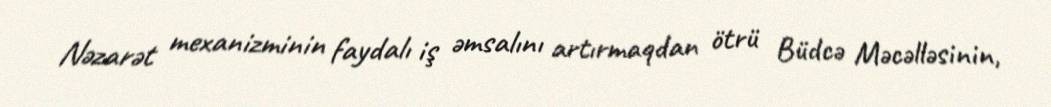
Nəzarət mexanizminin faydalı iş əmsalını artırmaqdan ötrü Büdcə Məcəlləsinin,